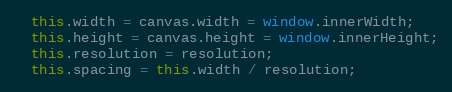
Language: JavaScript
  this.width = canvas.width = window.innerWidth;
  this.height = canvas.height = window.innerHeight;
  this.resolution = resolution;
  this.spacing = this.width / resolution;